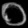
Digit: ၀